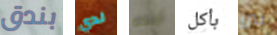
بندق لدي أريده بأكل بيرز